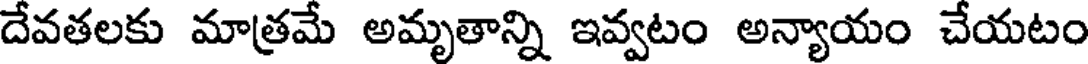
దేవతలకు మాత్రమే అమృతాన్ని ఇవ్వటం అన్యాయం చేయటం